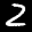
Label: 2